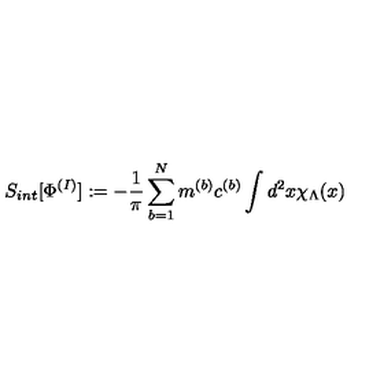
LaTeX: S _ { i n t } [ \Phi ^ { ( I ) } ] : = - \frac { 1 } { \pi } \sum _ { b = 1 } ^ { N } m ^ { ( b ) } c ^ { ( b ) } \int d ^ { 2 } x \chi _ { \Lambda } ( x )